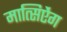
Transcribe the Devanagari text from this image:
मात्सिऐंग